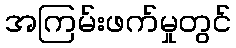
အကြမ်းဖက်မှုတွင်